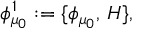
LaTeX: \phi _ { \mu _ { 0 } } ^ { 1 } : = \{ \phi _ { \mu _ { 0 } } , \, H \} ,